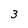
Character: 3